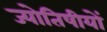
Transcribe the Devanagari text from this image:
ज्योतिषीयों